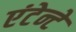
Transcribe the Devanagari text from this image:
एंटेन्टे